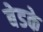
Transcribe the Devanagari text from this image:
बेडके